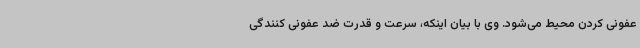
عفونی کردن محیط می‌شود. وی با بیان اینکه، سرعت و قدرت ضد عفونی کنندگی